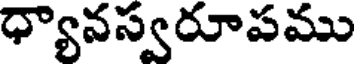
ధ్యానస్వరూపము